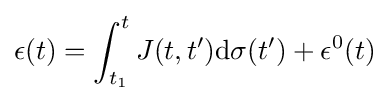
\epsilon (t)=\int _{t_{1}}^{t}J(t,t^{\prime }){\mbox{d}}\sigma (t^{\prime })+\epsilon ^{0}(t)